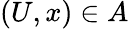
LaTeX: (U,x)\in A